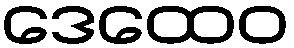
ဒေထေဝ